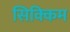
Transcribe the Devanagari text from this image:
सिक्‍िकम